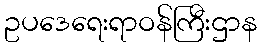
ဥပဒေရေးရာဝန်ကြီးဌာန